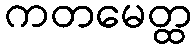
ကတမေတ္ထ